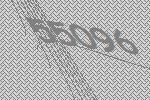
55096